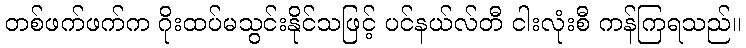
တစ်ဖက်ဖက်က ဂိုးထပ်မသွင်းနိုင်သဖြင့် ပင်နယ်လ်တီ ငါးလုံးစီ ကန်ကြရသည်။